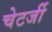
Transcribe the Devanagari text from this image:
चेटर्जी